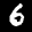
Label: 6